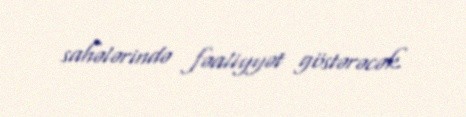
sahələrində fəaliyyət göstərəcək.